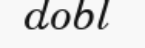
dobl